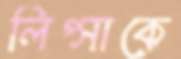
লিপ্সাকে